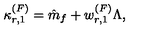
\kappa _ { r , 1 } ^ { ( F ) } = \hat { m } _ { f } + w _ { r , 1 } ^ { ( F ) } \Lambda ,